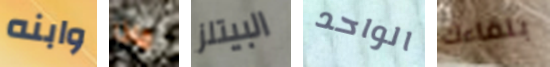
وابنه ماذا البيتلز الواحد بلقاءك